Vaccination Hyderabad 1872-1889 - 1872-1889
Year: 1872
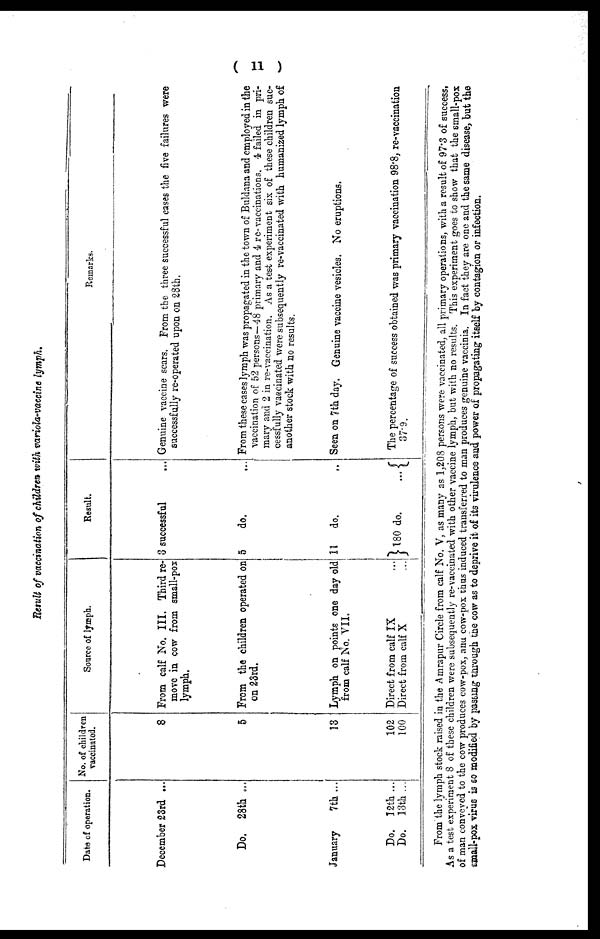
( 11 )
Result of vaccination of children with variola-vaccine lymph.
Date of operation.
December 23rd ...
Do. 28th ...
January
7th...
Do. 12th...
Do. 13th ...
No. of children
vaccinated.
8
5
13
102
100
Source of lymph.
From calf No. III. Third re-
move in cow from small-pox
lymph.
From the children operated on
on 23rd.
Lymph on points one day old
from calf No. VII.
Direct from calf IX ...
Direct from calf X ...
Result.
3 successful
5
do.
11 do.
180 do.
...
Remarks.
Genuine vaccine scars. From the three successful cases the five failures were
successfully re-operated upon on 28th.
From these cases lymph was propagated in the town of Buldana and employed in the
vaccination of 52 persons—48 primary and 4 re-vaccinations. 4 failed in pri-
mary and 2 in re-vaccination. As a test experiment six of these children suc-
cessfully vaccinated were subsequently re-vaccinated with humanized lymph of
another stock with no results.
Seen on 7th day. Genuine vaccine vesicles. No eruptions.
The percentage of success obtained was primary vaccination 98*8, re-vaccination
37.9.
From the lymph stock raised in the Amrapur Circle from calf No. V, as many as 1,208 persons were vaccinated, all primary operations, with a result of 97.3 of success.
As a test experiment 8 of these children were subsequently re-vaccinated with other vaccine lymph, but with no results. This experiment goes to show that the small-pox
of man conveyed to the cow produces cow-pox, and cow-pox thus induced transferred to man produces genuine vaccinia. In fact they are one and the same disease, but the
small-pox virus is so modified by passing through the cow as to deprive it of its virulence and power of propagating itself by contagion or infection.